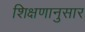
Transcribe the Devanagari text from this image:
शिक्षणानुसार